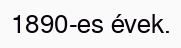
1890-es évek.